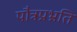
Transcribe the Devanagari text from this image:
पौत्रप्रभ्रति